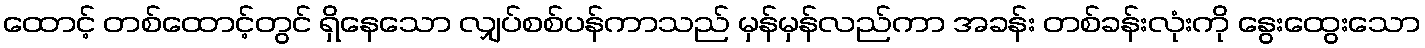
ထောင့် တစ်ထောင့်တွင် ရှိနေသော လျှပ်စစ်ပန်ကာသည် မှန်မှန်လည်ကာ အခန်း တစ်ခန်းလုံးကို နွေးထွေးသော